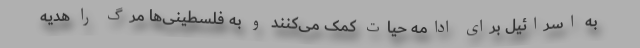
به اسرائیل برای ادامه حیات کمک می‌کنند و به فلسطینی‌ها مرگ را هدیه